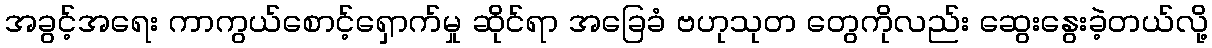
အခွင့်အရေး ကာကွယ်စောင့်ရှောက်မှု ဆိုင်ရာ အခြေခံ ဗဟုသုတ တွေကိုလည်း ဆွေးနွေးခဲ့တယ်လို့